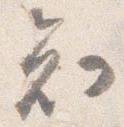
知